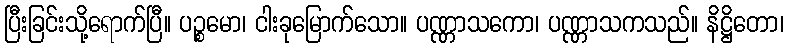
ပြီးခြင်းသို့ရောက်ပြီ။ ပဉ္စမော၊ ငါးခုမြောက်သော။ ပဏ္ဏာသကော၊ ပဏ္ဏာသကသည်။ နိဋ္ဌိတော၊